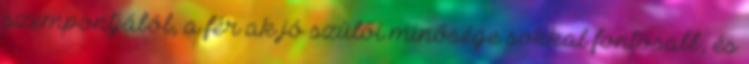
szempontjából, a férﬁak jó szülői minősége sokkal fontosabb, és